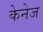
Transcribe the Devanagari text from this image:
केनेज